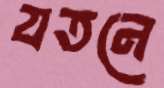
যতনে